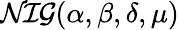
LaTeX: \mathcal{NIG}(\alpha,\beta,\delta,\mu)